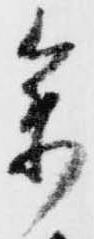
参